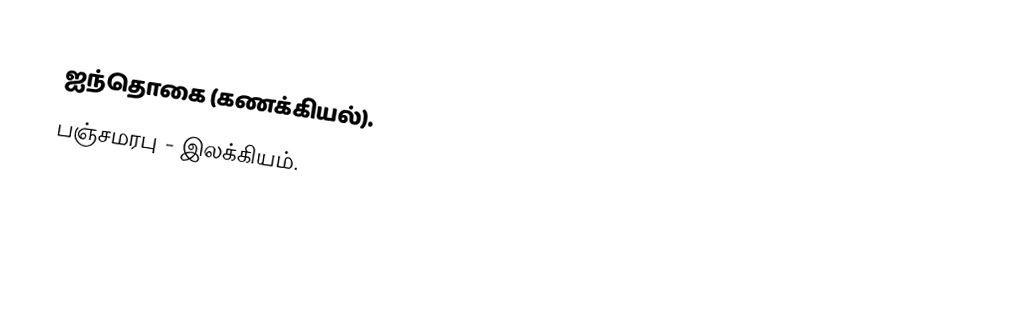
ஐந்தொகை (கணக்கியல்).
 பஞ்சமரபு - இலக்கியம்.